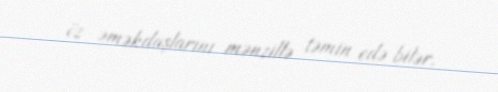
öz əməkdaşlarını mənzillə təmin edə bilər.